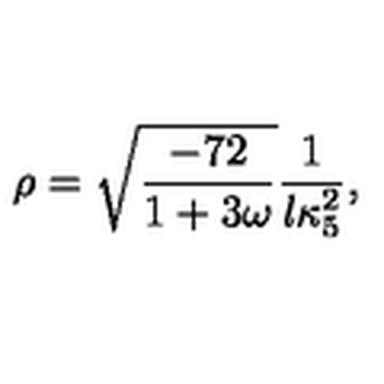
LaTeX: \rho = \sqrt { \frac { - 7 2 } { 1 + 3 \omega } } \frac { 1 } { l \kappa _ { 5 } ^ { 2 } } ,